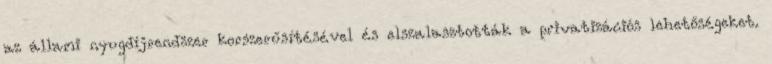
az állami nyugdíjrendszer korszerűsítésével és elszalasztották a privatizációs lehetőségeket.